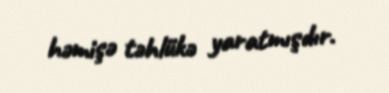
həmişə təhlükə yaratmışdır.